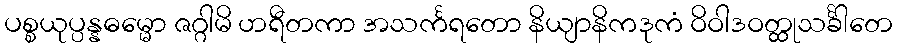
ပစ္စယုပ္ပန္နဓမ္မော ဇဂ္ဂါမိ ဟရီတကာ အသင်္ကရတော နိယျာနိကဒုကံ ဝိဝါဒဝတ္ထုသင်္ခါတေ